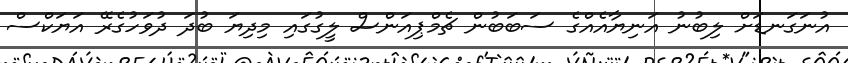
އުނަގަނޑަށް ލިބުނު އަނިޔާއެއްގެ ސަބަބުން ޗެމްޕިއަންސް ލީގުގައި މިދިޔަ ބުދަ ދުވަހުގެރޭ އަޔަކްސް